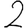
Digit: 2